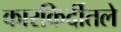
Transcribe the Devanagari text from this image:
कारकिर्दीतले